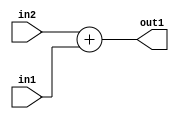
`timescale 1ps / 1ps
/*****************************************************************************
    Verilog RTL Description
    
    
    Created by: CellMath Designer 2019.1.01 
*******************************************************************************/

module bias_add_Add_2Ux1U_2U_4_0 (
	in2,
	in1,
	out1
	); /* architecture "behavioural" */ 
input [1:0] in2;
input  in1;
output [1:0] out1;
wire [1:0] asc001;

assign asc001 = 
	+(in2)
	+(in1);

assign out1 = asc001;
endmodule

/* CADENCE  urn2SA8= : u9/ySgnWtBlWxVPRXgAZ4Og= ** DO NOT EDIT THIS LINE ******/